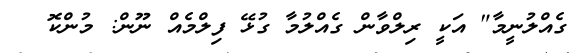
ގެއްލުނީމާ" އަކީ ރިލްވާން ގެއްލުމާ ގުޅޭ ފިލްމެއް ނޫން: މުންކޮ